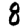
Digit: 8